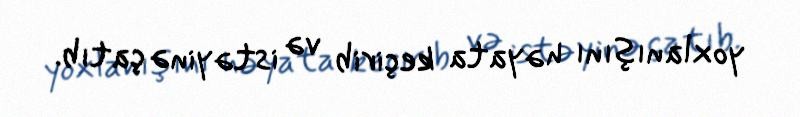
yoxlanışını həyata keçirib və istəyinə çatıb.